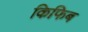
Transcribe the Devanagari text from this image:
किफिब